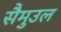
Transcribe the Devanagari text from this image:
सैमुउल